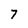
Character: 7